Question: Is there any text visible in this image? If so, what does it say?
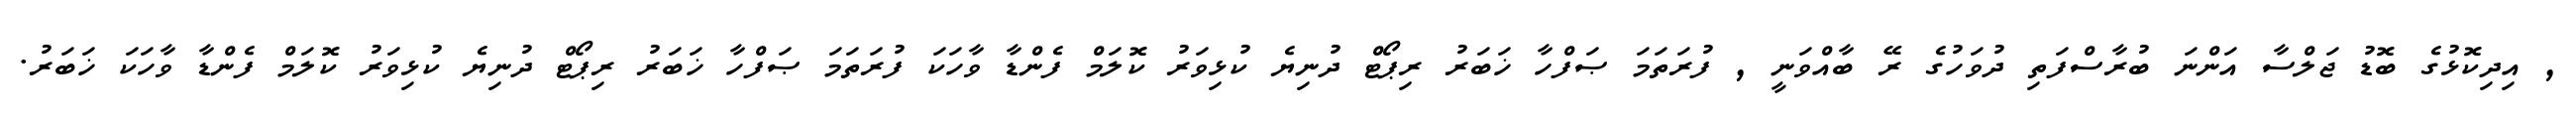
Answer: , އިދިކޮޅުގެ ބޮޑު ޖަލްސާ އަންނަ ބުރާސްފަތި ދުވަހުގެ ރޭ ބާއްވަނީ , ފުރަތަމަ ޞަފްހާ ޚަބަރު ރިޕޯޓް ދުނިޔެ ކުޅިވަރު ކޮލަމް ފެންޑާ ވާހަކަ ފުރަތަމަ ޞަފްހާ ޚަބަރު ރިޕޯޓް ދުނިޔެ ކުޅިވަރު ކޮލަމް ފެންޑާ ވާހަކަ ޚަބަރު.